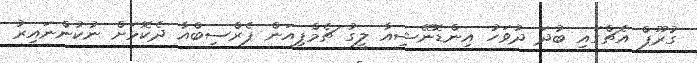
ގުރޫޕް އެޗްގައި ބުދަ ދުވަހު އިންޑޮނޭޝިއާ ލީގު ޗެމްޕިއަން ޕެރްސިބްއާ ދެކޮޅަށް ނުކުންނައިރު